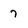
Character: 7